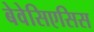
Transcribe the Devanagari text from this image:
बेवेसिएसिस